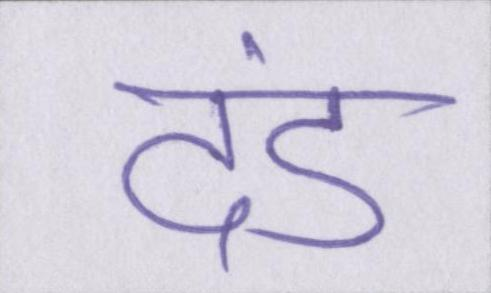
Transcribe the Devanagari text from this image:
दंड